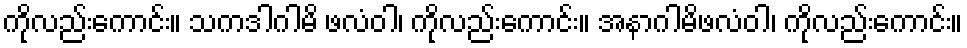
ကိုလည်းကောင်း။ သကဒါဂါမိ ဖလံဝါ၊ ကိုလည်းကောင်း။ အနာဂါမိဖလံဝါ၊ ကိုလည်းကောင်း။